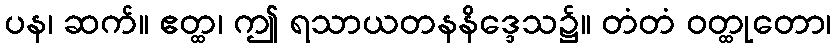
ပန၊ ဆက်။ ဧတ္ထ၊ ဤ ရသာယတနနိဒ္ဒေသ၌။ တံတံ ဝတ္ထုတော၊